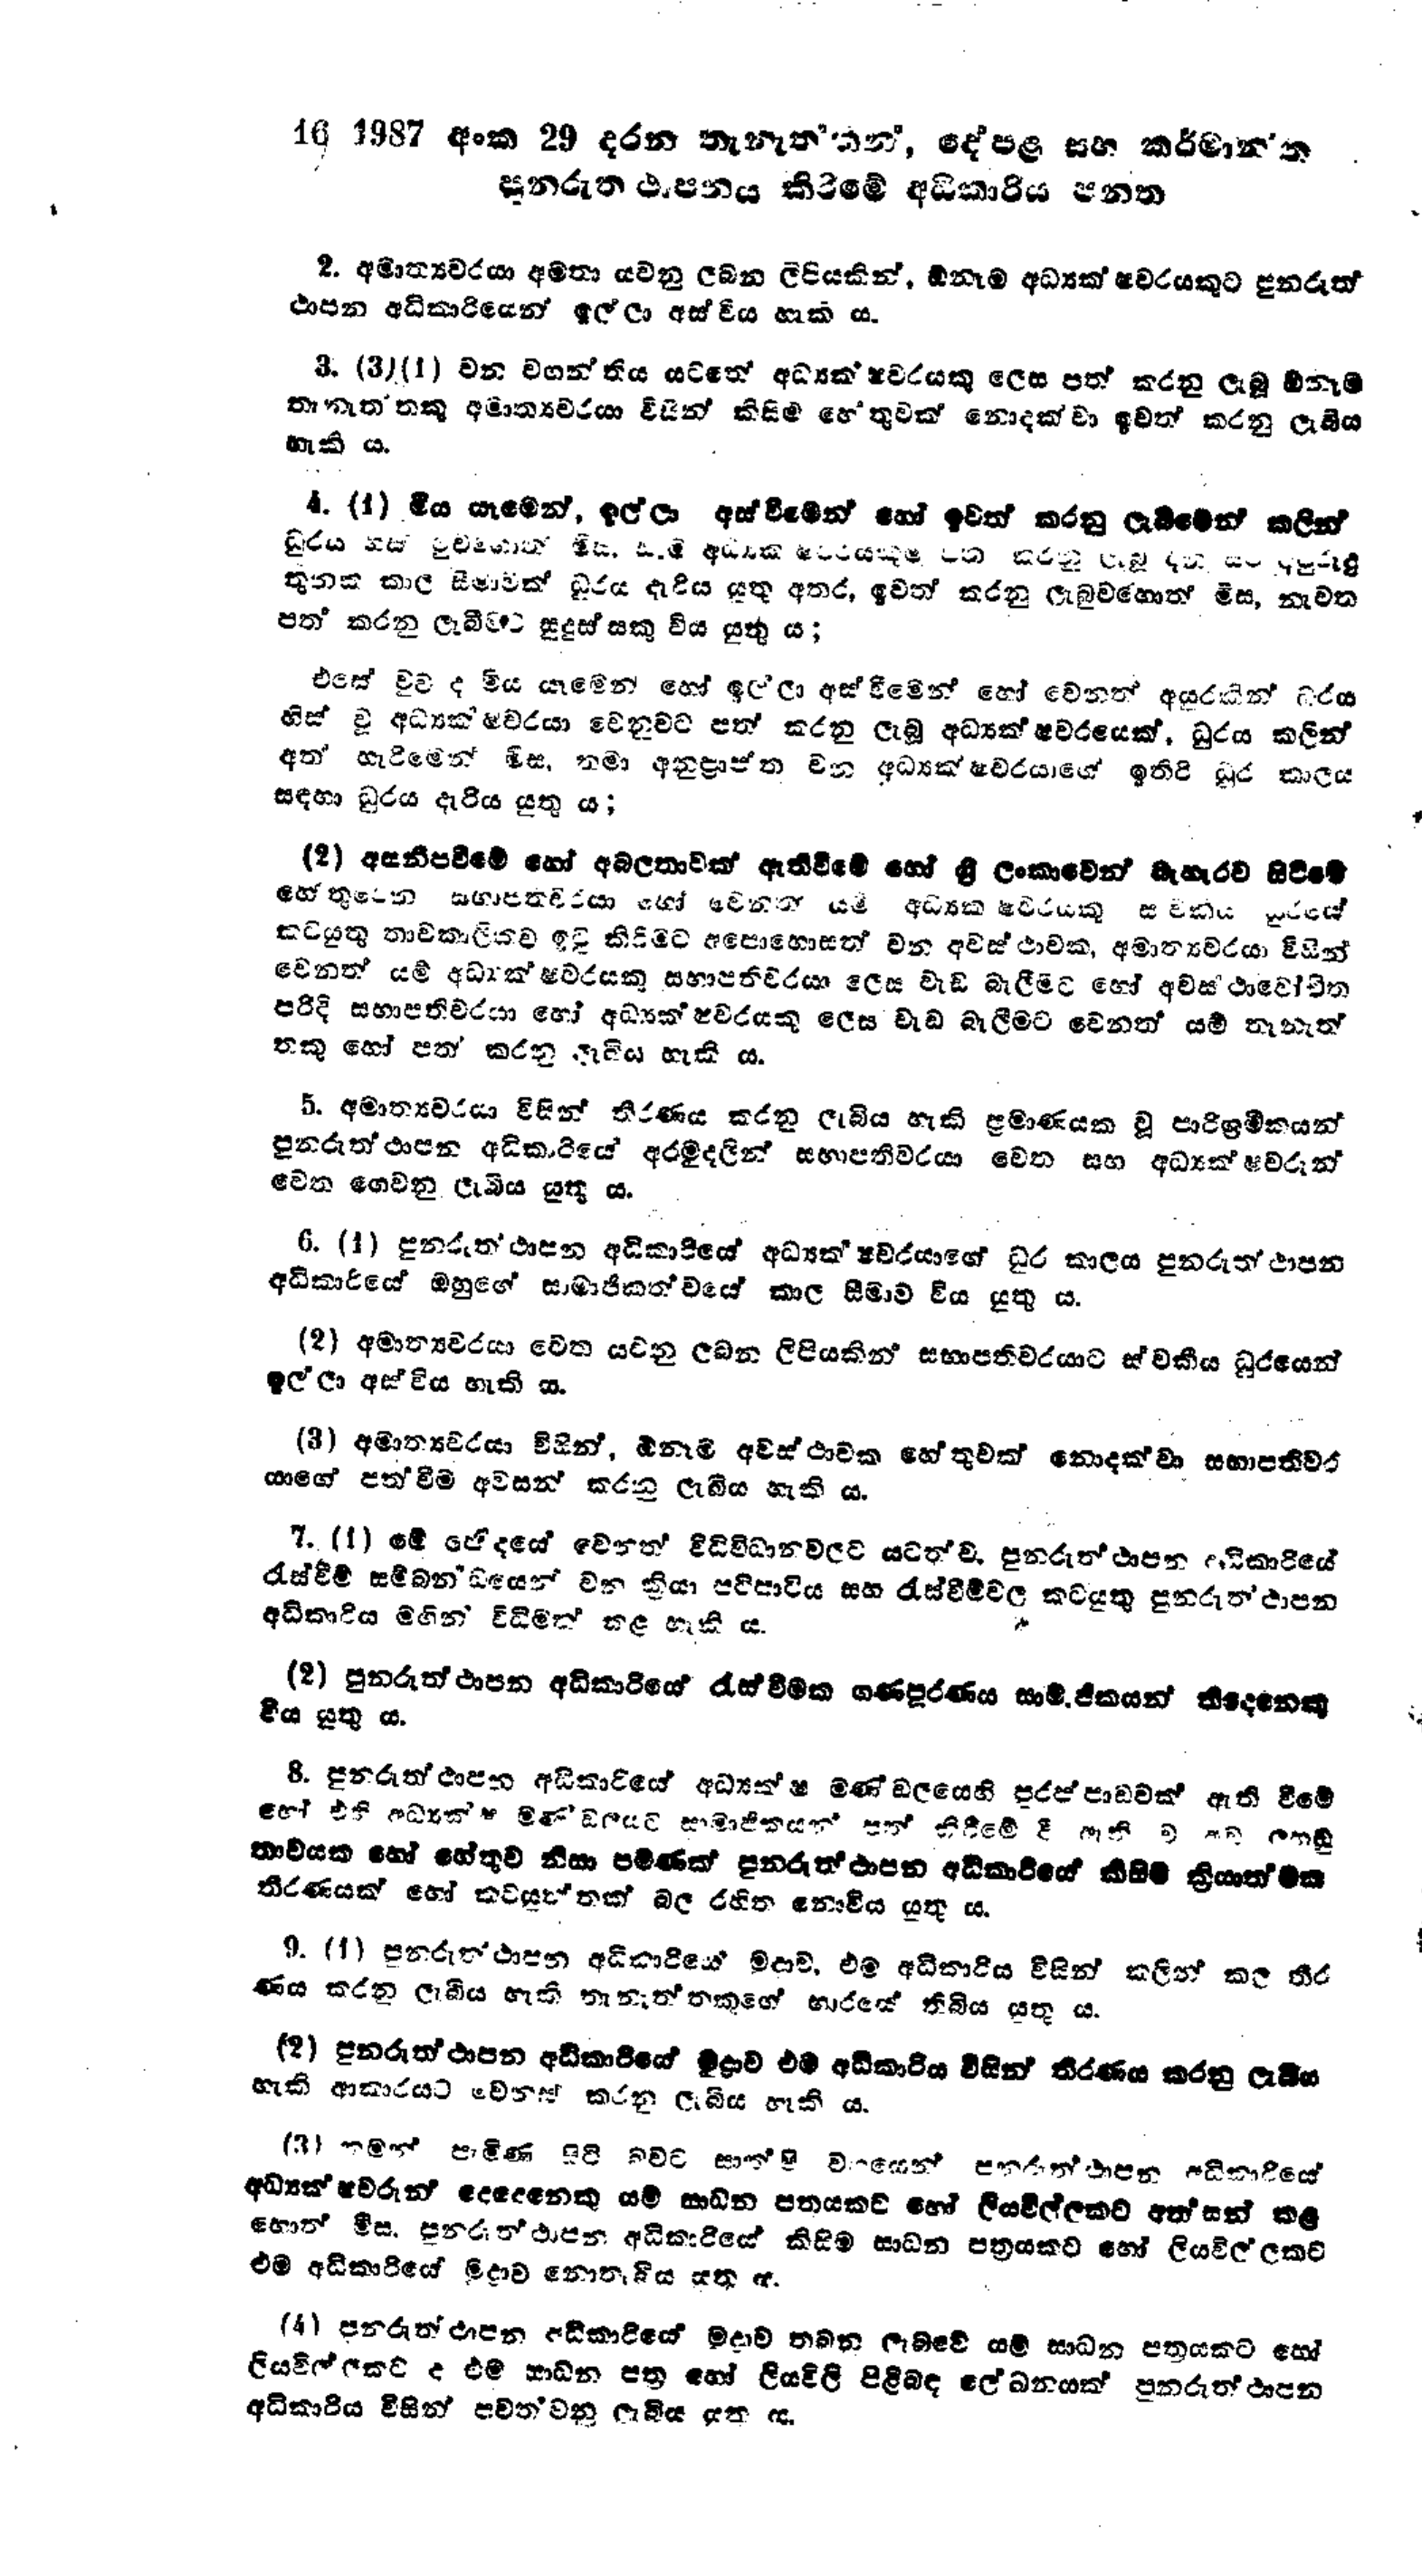
16 1987 අංක 29 දරන තැනැත්තන්, දේපළ සහ කර්මාන්ත
පුනරුත්ථාපනය කිරීමේ අධිකාරිය පනත

2. අමාත්‍යවරයා අමතා යවනු ලබන ලිපියකින්, ඕනෑම අධ්‍යක්ෂවරයකුට පුනරුත්
ථාපන අධිකාරියෙන් ඉල්ලා අස්විය හැකි ය.

3. (3) (1) වන වගන්තිය යටතේ අධ්‍යක්ෂවරයකු ලෙස පත් කරනු ලැබූ ඕනෑම
තැනැත්තකු අමාත්‍යවරයා විසින් කිසිම හේතුවක් නොදක්වා ඉවත් කරනු ලැබීය
හැකි ය.

4. (1) මිය යෑමෙන්, ඉල්ලා අස්වීමෙන් හෝ ඉවත් කරනු ලැබීමෙන් කලින්
ධුරය හස් වුවහොත් මිසසැම අධ්‍යක්ෂවරයකුම වන කරනු ලැබූ දින සිට අවුරුදු
තුනක කාල සීමාවක් ධූරය දැරිය යුතු අතර, ඉවත් කරනු ලැබුවහොත් මිස, නැවත
පත් කරනු ලැබීමට සුදුස්සකු විය යුතු ය;

එසේ වුව ද මිය යෑමෙන් හෝ ඉල්ලා අස්වීමෙන් හෝ වෙනත් අයුරකින් ධූරය
හිස් වූ අධ්‍යක්ෂවරයා වෙනුවට පත් කරනු ලැබූ අධ්‍යක්ෂවරයෙක්. ධුරය කලින්
අත් හැරීමෙන් මිස, තමා අනුප්‍රාප්ත වන අධ්‍යක්ෂවරයාගේ ඉතිරි ධුර කාලය
සඳහා ධුරය දැරිය යුතු ය;

(2) අසනීපවීමේ හෝ අබලතාවක් ඇති වීමේ හෝ ශ්‍රී ලංකාවෙන් බැහැරව සිටීමේ
හේතුවෙන සභාපතිවරයා හෝ වෙනත් යම් අධ්‍යක්ෂවරයකු ස්වකීය ධූරයේ
කටයුතු තාවකාලිකව ඉටු කිරීමට අපොහොසත් වන අවස්ථාවක, අමාත්‍යවරයා විසින්
වෙනත් යම් අධ්‍යක්ෂවරයකු සභාපතිවරයා ලෙස වැඩ බැලීමට හෝ අවස්ථාවෝචිත
පරිදි සභාපතිවරයා හෝ අධ්‍යක්ෂවරයකු ලෙස වැඩ බැලීමට වෙනත් යම් තැනැත්
තකු හෝ පත් කරනු ලැබිය හැකි ය.

5. අමාත්‍යවරයා විසින් තීරණය කරනු ලැබිය හැකි ප්‍රමාණයක වූ පාරිශ්‍රමිකයන්
පුනරුත්ථාපන අධිකාරියේ අරමුදලින් සභාපතිවරයා වෙත සහ අධ්‍යක්ෂවරුන්
වෙත ගෙවනු ලැබිය යුතු ය.

6. (1) පුනරුත්ථාපන අධිකාරියේ අධ්‍යක්ෂවරයාගේ ධුර කාලය පුනරුත්ථාපන
අධිකාරියේ ඔහුගේ සාමාජිකත්වයේ කාල සීමාව විය යුතු ය.

(2) අමාත්‍යවරයා වෙත යවනු ලබන ලිපියකින් සභාපතිවරයාට ස්වකීය ධූරයෙන්
ඉල්ලා අස්විය හැකි ය.

(3) අමාත්‍යවරයා විසින්, ඕනෑම අවස්ථාවක හේතුවක් නොදක්වා සභාපතිවර
යාගේ පත්වීම අවසන් කරනු ලැබිය හැකි ය.

7. (1) මේ ජේදයේ වෙනත් විධිවිධානවලට යටත් වේ. පුනරුත්ථාපනය  අධිකාරියේ
රැස්වීම් සම්බන්ධයෙන් වන ක්‍රියා පටිපාටිය සහ රැස්වීම් වල කටයුතු පුනරුත්ථාපන
අධිකාරිය මගින් විධිමත් කළ හැකි ය.

(2) පුනරුත්ථාපන අධිකාරියේ රැස් වීමක ගණපූරණය සමාජිකයන් තිදෙනෙකු
විය යුතු ය.

8. පුනරුත්ථාපන අධිකාරියේ අධ්‍යක්ෂ මණ්ඩලයෙහි පුරප්පාඩවක් ඇති වීමේ
හෝ එහි අධ්‍යක්ෂ මණ්ඩලයට සාමාජිකයන් පත් කිරීමේ දී ඇති ව අව ලුහුඬු
තාවයක හෝ හේතුව නිසා පමණක් පුනරුත්ථාපන අධිකාරියේ කිසිම ක්‍රියාත්මක
තීරණයක් හෝ කටයුත්තක් බල රහිත නොවිය යුතු ය.

9. (1) පුනරුත්ථාපන අධිකාරියේ මුද්‍රාව, එම අධිකාරිය විසින් කලින් කල තීර
ණය කරනු ලැබිය හැකි තැනැත්තකුගේ භාරයේ තිබිය යුතු ය.

(2) පුනරුත්ථාපන අධිකාරියේ මුද්‍රාව එම අධිකාරිය විසින් තීරණය කරනු ලැබිය
හැකි ආකාරයට වෙනස් කරනු ලැබිය හැකි ය.

(3} තමන් පැමිණ සිටි බවට සාක්ෂි වර්ගයෙන් පුනරුත්ථාපන අධිකාරියේ
අධ්‍යක්ෂකවරුන් දෙදෙනෙකු යම් සාධන පත්‍රයකට හෝ ලියවිල්ලකට අත්සන් කළ
හොත් මිස, පුනරුත්ථාපන අධිකාරියේ කිසිම සාධන පත්‍රයකට හෝ ලියවිල්ලකට
එම අධිකාරියේ මුද්‍රාව නොතැබිය යුතු ය.

(4) පුනරුත්ථාපන අධිකාරියේ මුද්‍රාව තබන ලැබවේ යම් සාධන පත්‍රයකට හෝ
ලියවිල්ලකට ද එම සාධන පත්‍ර හෝ ලියවිලි පිළිබඳ ලේඛනයක් පුනරුත්ථාපන
අධිකාරිය විසින් පවත්වනු ලැබිය යුතු ‍ය.